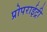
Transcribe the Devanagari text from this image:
प्रोपराईट्री